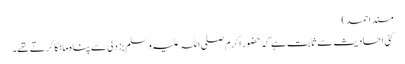
مسند احمد)
کئی احادیث سے ثابت ہے کہ حضور اکرم صلی اللہ علیہ وسلم بزدلی سے پناہ مانگا کرتے تھے۔